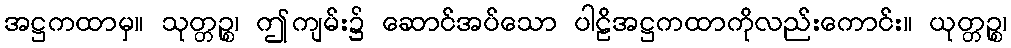
အဋ္ဌကထာမှ။ သုတ္တဉ္စ၊ ဤကျမ်း၌ ဆောင်အပ်သော ပါဠိအဋ္ဌကထာကိုလည်းကောင်း။ ယုတ္တဉ္စ၊